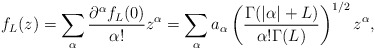
\begin{align*}f_L(z)=\sum_{\alpha}\frac{\partial^{\alpha}f_L(0)}{\alpha!}z^{\alpha}=\sum_{\alpha}a_{\alpha}\left(\frac{\Gamma(|\alpha|+L)}{\alpha!\Gamma(L)}\right)^{1/2}z^{\alpha},\end{align*}